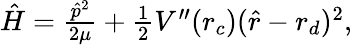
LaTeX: \begin{array}{r}{{\hat{H}}=\frac{{\hat{p}}^{2}}{2\mu}+\frac{1}{2}V^{\prime\prime}(r_{c})({\hat{r}}-r_{d})^{2},}\end{array}